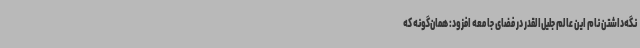
نگه‌داشتن نام این عالم جلیل‌القدر در فضای جامعه افزود: همان‌گونه که